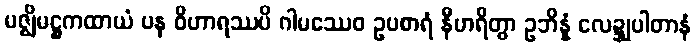
မဇ္ဈိမဋ္ဌကထာယံ ပန ဝိဟာရဿပိ ဂါမဿေဝ ဥပစာရံ နီဟရိတွာ ဥဘိန္နံ လေဍ္ဍုပါတာနံ